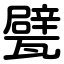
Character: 甓